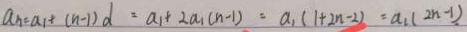
a _ { n } = a _ { 1 } + ( n - 1 ) d = a _ { 1 } + 2 a _ { 1 } ( n - 1 ) = a _ { 1 } ( 1 + 2 n - 2 ) = a _ { 2 } ( 2 n - 1 ) .